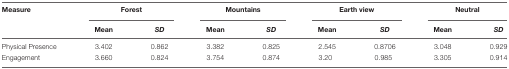
<table><thead><tr><td><b>Measure</b></td><td colspan="2"><b>Forest</b></td><td colspan="2"><b>Mountains</b></td><td colspan="2"><b>Earth view</b></td><td colspan="2"><b>Neutral</b></td></tr><tr><td></td><td><b>Mean</b></td><td><b><i>SD</i></b></td><td><b>Mean</b></td><td><b><i>SD</i></b></td><td><b>Mean</b></td><td><b><i>SD</i></b></td><td><b>Mean</b></td><td><b><i>SD</i></b></td></tr></thead><tbody><tr><td>Physical Presence</td><td>3.402</td><td>0.862</td><td>3.382</td><td>0.825</td><td>2.545</td><td>0.8706</td><td>3.048</td><td>0.929</td></tr><tr><td>Engagement</td><td>3.660</td><td>0.824</td><td>3.754</td><td>0.874</td><td>3.20</td><td>0.985</td><td>3.305</td><td>0.914</td></tr></tbody></table>